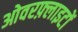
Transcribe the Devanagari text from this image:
ओवरफ़्लाइटों